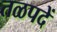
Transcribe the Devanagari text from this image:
तळपदें